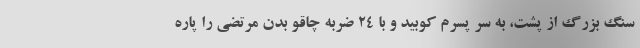
سنگ بزرگ از پشت، به سر پسرم کوبید و با 24 ضربه چاقو بدن مرتضی را پاره